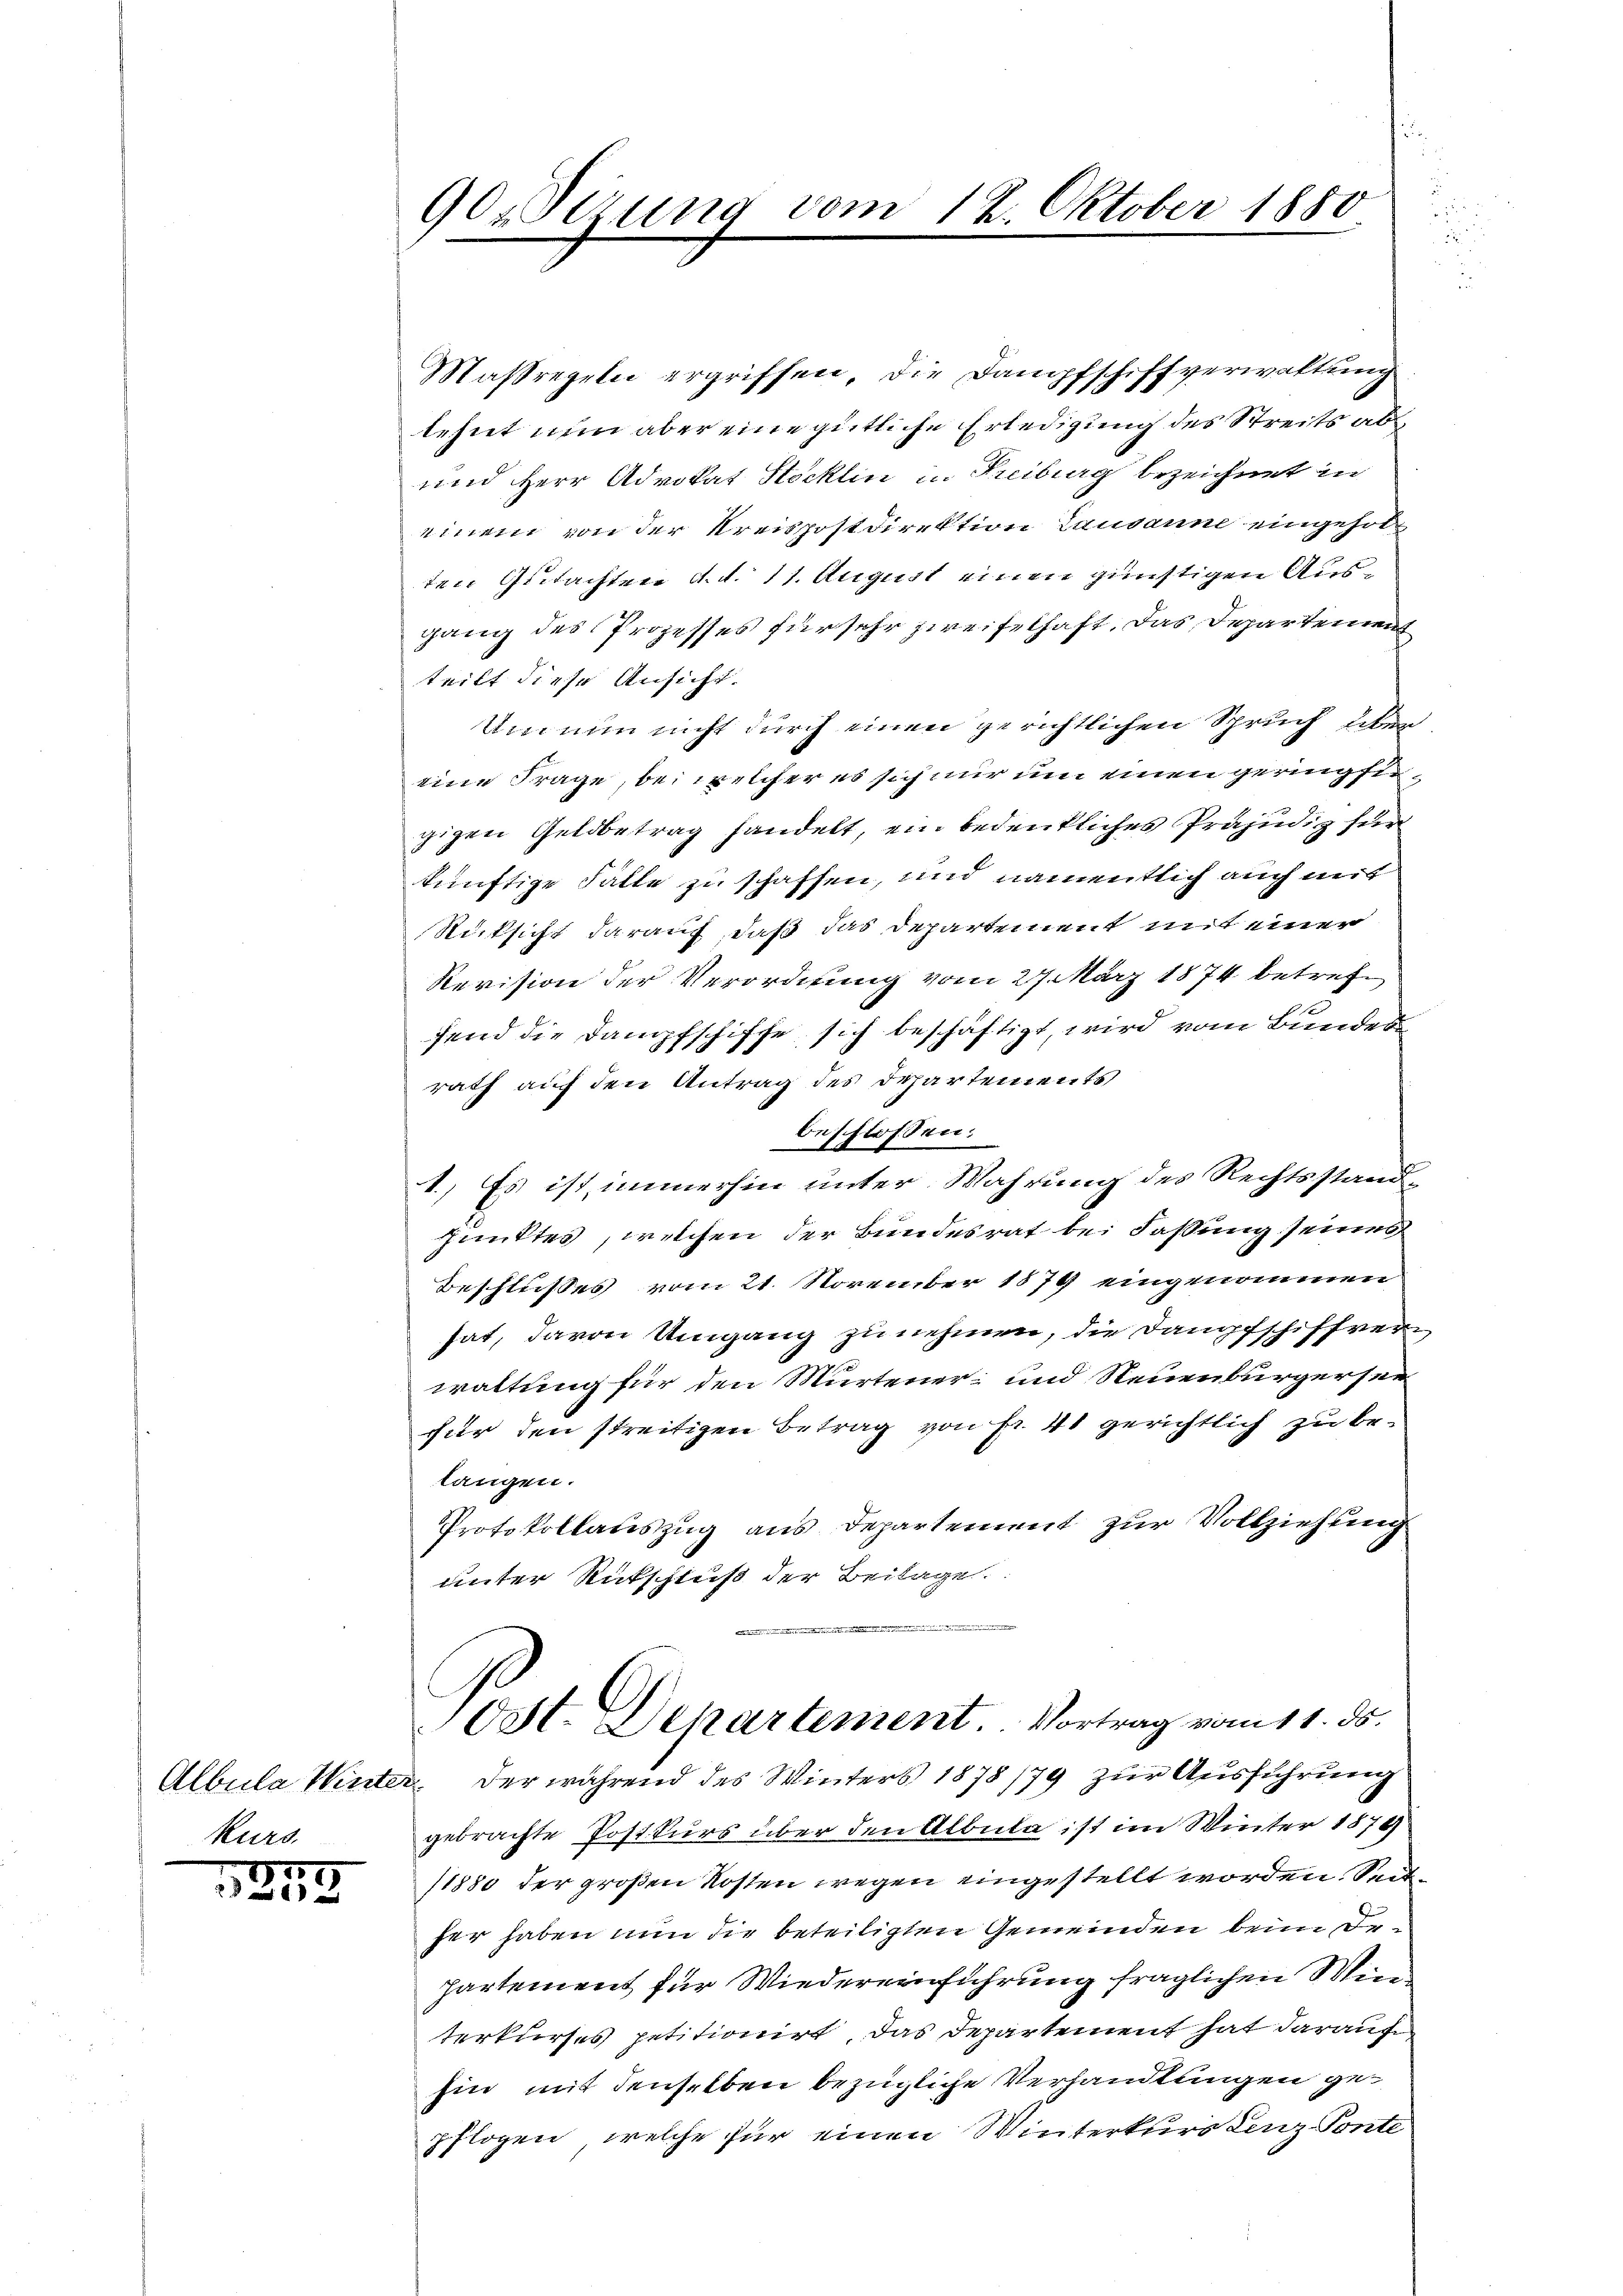
kurs.

175.
2

9Orderung vom 12. Oktober 1880

Maßregeln ergriffen, die Dampfschiffverwaltung
lehnt nun aber eine gütliche Erledigung des Streits abs
und Herr Advokat Stocklin in Freiburg bezeichnet in
einem von der Kreispostdirektion Lausanne eingeholten Gutachten d. d. 11. August einen günstigen Ausgang des Prozesses für sehr zweifelhaft. Das Departement
teilt diese Ansicht.
Um nun nicht durch einen gerichtlichen Spruch über
eine Frage, bei welcher es sich nur um einen geringst
gigen Geldbetrag handelt, ein bedenkliches Präjudiz feln
künftige Fälle zu schaffen, und namentlich auch mit
Rücksicht darauf, daß das Departement mit einer
Revision der Verordnung vom 27. März 1874 betreff
fend die Dampfschiffe, sich beschäftigt, wird vom Bundes
rath auf den Antrag des Departements
beschlossen:
e
1.) Es ist, immerhin unter Wahrung des Rechtsstandpunktes, welchen der Bundesrat bei Fassung seines
Beschlußes vom 21. November 1879 eingenommen
hat, davon Umgang zu nehmen, die Dampfschiffverwaltung für den Murtener und Neuenburgersee
fier den streitigen Betrag von Fr. 41 gerichtlich zu belangen.
Protokollauszug aus Departement zur Vollziehung
unter Rückschluß der Beilage.
.
Post. Departement. Vortrag vom 11. ds.
Albula Winter der während des Winters 1878/79 zur Ausführung
gebrachte Postkurs über den Albula ist im Winter 1879
11880 der großen Kosten wegen eingestellt worden. Seither haben nun die beteiligten Gemeinden beim Departement für Wiedereinführung fraglichen Wien
terkurses petitionirt, das Departement hat darauf,
hin mit denselben bezügliche Verhandlungen gepflogen, welche für einen Winterkurs Lenz Ponte